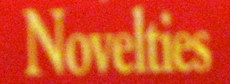
Novelties